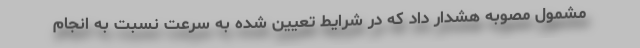
مشمول مصوبه هشدار داد که در شرایط تعیین شده به سرعت نسبت به انجام